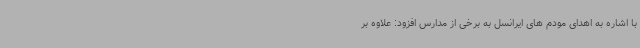
با اشاره به اهدای مودم های ایرانسل به برخی از مدارس افزود: علاوه بر